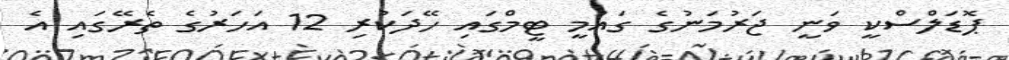
ޕޮޑަލްސްކީ ވަނީ ޖަރުމަނުގެ ގައުމީ ޓީމްގައި ހޭދަކުރި 12 އަހަރުގެ ތެރޭގައި އެ